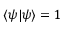
\langle \psi | \psi \rangle = 1